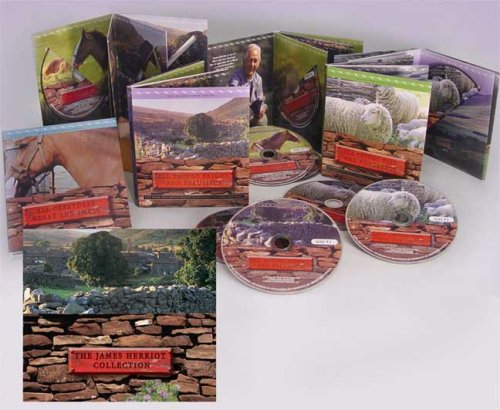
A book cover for The James Herriot Collection; James Herriot; Biographies & Memoirs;